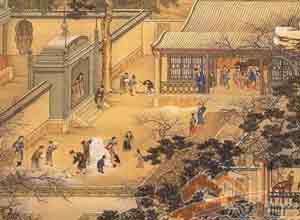
用贫求富，农不如工，工不如商。